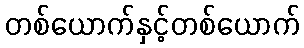
တစ်ယောက်နှင့်တစ်ယောက်